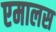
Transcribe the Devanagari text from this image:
एमालस